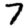
Digit: 7